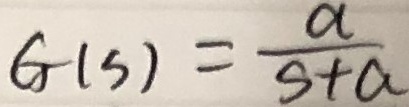
$G(s)=\frac{\alpha}{s+\alpha}$